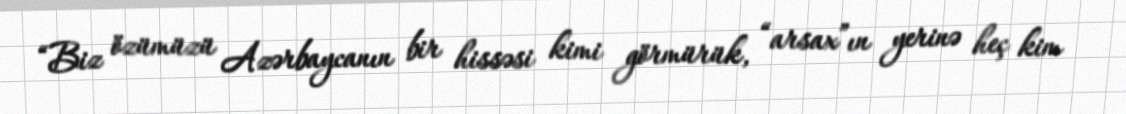
“Biz özümüzü Azərbaycanın bir hissəsi kimi görmürük, “arsax”ın yerinə heç kim